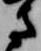
さ